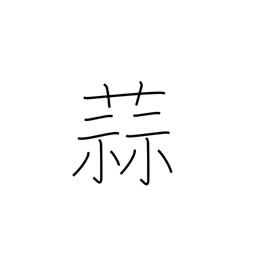
Meaning: garlic